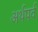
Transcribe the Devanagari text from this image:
अर्थपर्व